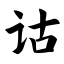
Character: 诂